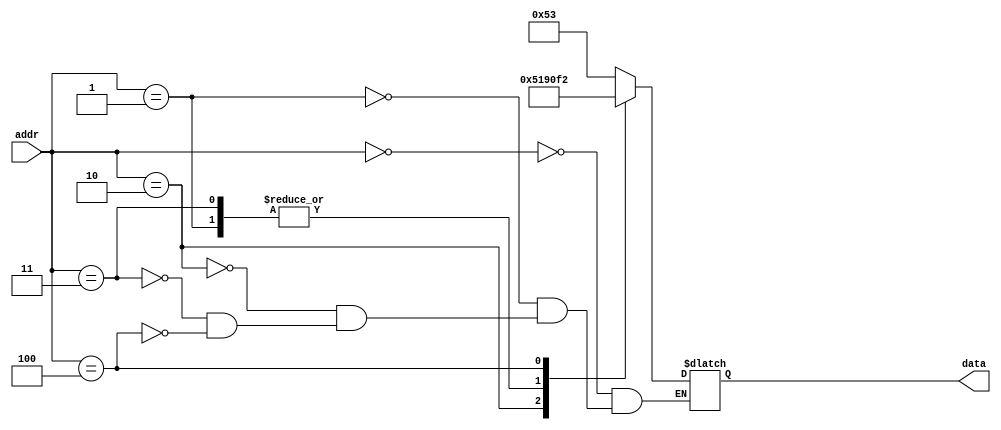
// This program was cloned from: https://github.com/akita11/TD4
// License: MIT License

module imem(addr, data);
   input [3:0] addr;
   output [7:0] data;
   reg [7:0] data;

   always @(addr) begin
      case (addr)
	4'h0 : data <= 8'h53;
	4'h1 : data <= 8'h90;
	4'h2 : data <= 8'h51;
	4'h3 : data <= 8'h90;
	4'h4 : data <= 8'hf2;
      endcase
   end
endmodule